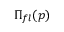
\Pi _ { f l } ( p )